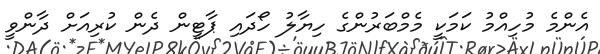
އެންމެ މުހިއްމު ކަމަކީީ މެމްބަރުންގެ ހިޔާލު ހޯދައި ޕާޓީން ދެން ކުރިއަށް ދާންވީ